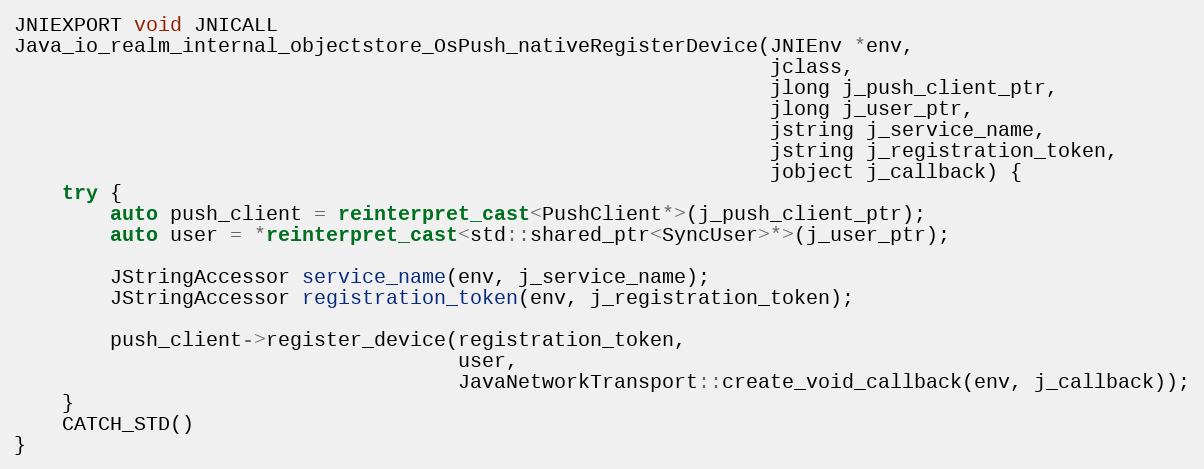
Language: C++
JNIEXPORT void JNICALL
Java_io_realm_internal_objectstore_OsPush_nativeRegisterDevice(JNIEnv *env,
                                                               jclass,
                                                               jlong j_push_client_ptr,
                                                               jlong j_user_ptr,
                                                               jstring j_service_name,
                                                               jstring j_registration_token,
                                                               jobject j_callback) {
    try {
        auto push_client = reinterpret_cast<PushClient*>(j_push_client_ptr);
        auto user = *reinterpret_cast<std::shared_ptr<SyncUser>*>(j_user_ptr);

        JStringAccessor service_name(env, j_service_name);
        JStringAccessor registration_token(env, j_registration_token);

        push_client->register_device(registration_token,
                                     user,
                                     JavaNetworkTransport::create_void_callback(env, j_callback));
    }
    CATCH_STD()
}